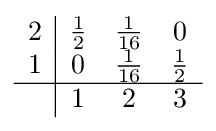
{\begin{array}{c|ccc}2&{\frac {1}{2}}&{\frac {1}{16}}&0\\1&0&{\frac {1}{16}}&{\frac {1}{2}}\\\hline &1&2&3\end{array}}